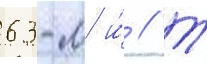
63-м и́ // Т